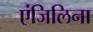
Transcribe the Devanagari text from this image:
एंजिलिना